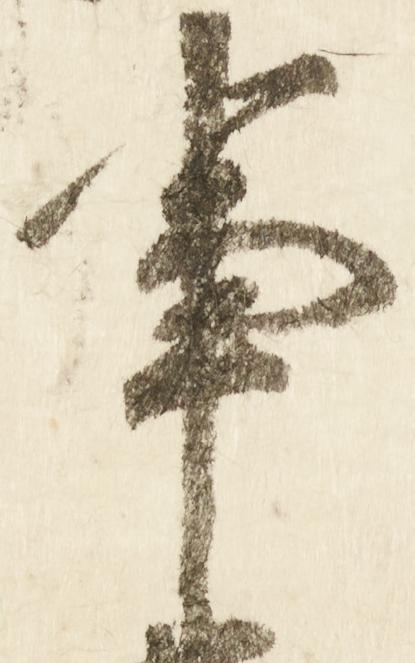
事